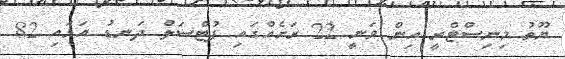
ޔޫތު މިނިސްޓްރީ އިން ވަނީ 22 ރަށެއްގައި ފުޓްސަލް ދަނޑު އަޅައި 82